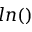
l n ( )